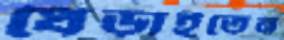
ধেড়াইতেন